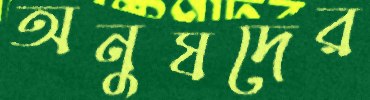
অনুষদের